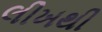
લીખથી